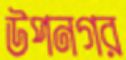
উপনগর